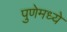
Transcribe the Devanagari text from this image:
पुणेमध्ये